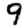
Digit: 9